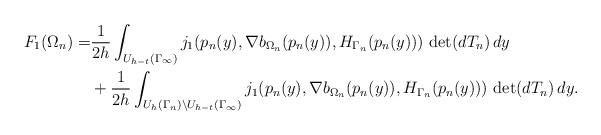
LaTeX: \begin{align*} F_1(\Omega_n)= & \frac{1}{2h}\int_{U_{h-t}(\Gamma_\infty)} j_1(p_n(y),\nabla b_{\Omega_n}(p_n(y)),H_{\Gamma_n}(p_n(y))) \, \det(dT_n) \, dy \\ & +\frac{1}{2h}\int_{U_{h}(\Gamma_n)\setminus {U_{h-t}(\Gamma_\infty)}} j_1(p_n(y),\nabla b_{\Omega_n}(p_n(y)),H_{\Gamma_n}(p_n(y))) \, \det(dT_n) \, dy.\end{align*}